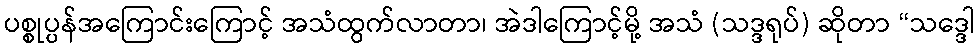
ပစ္စုပ္ပန်အကြောင်းကြောင့် အသံထွက်လာတာ၊ အဲဒါကြောင့်မို့ အသံ (သဒ္ဒရုပ်) ဆိုတာ “သဒ္ဒေါ